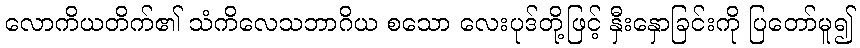
လောကိယတိက်၏ သံကိလေသဘာဂိယ စသော လေးပုဒ်တို့ဖြင့် နှီးနှောခြင်းကို ပြတော်မူ၍